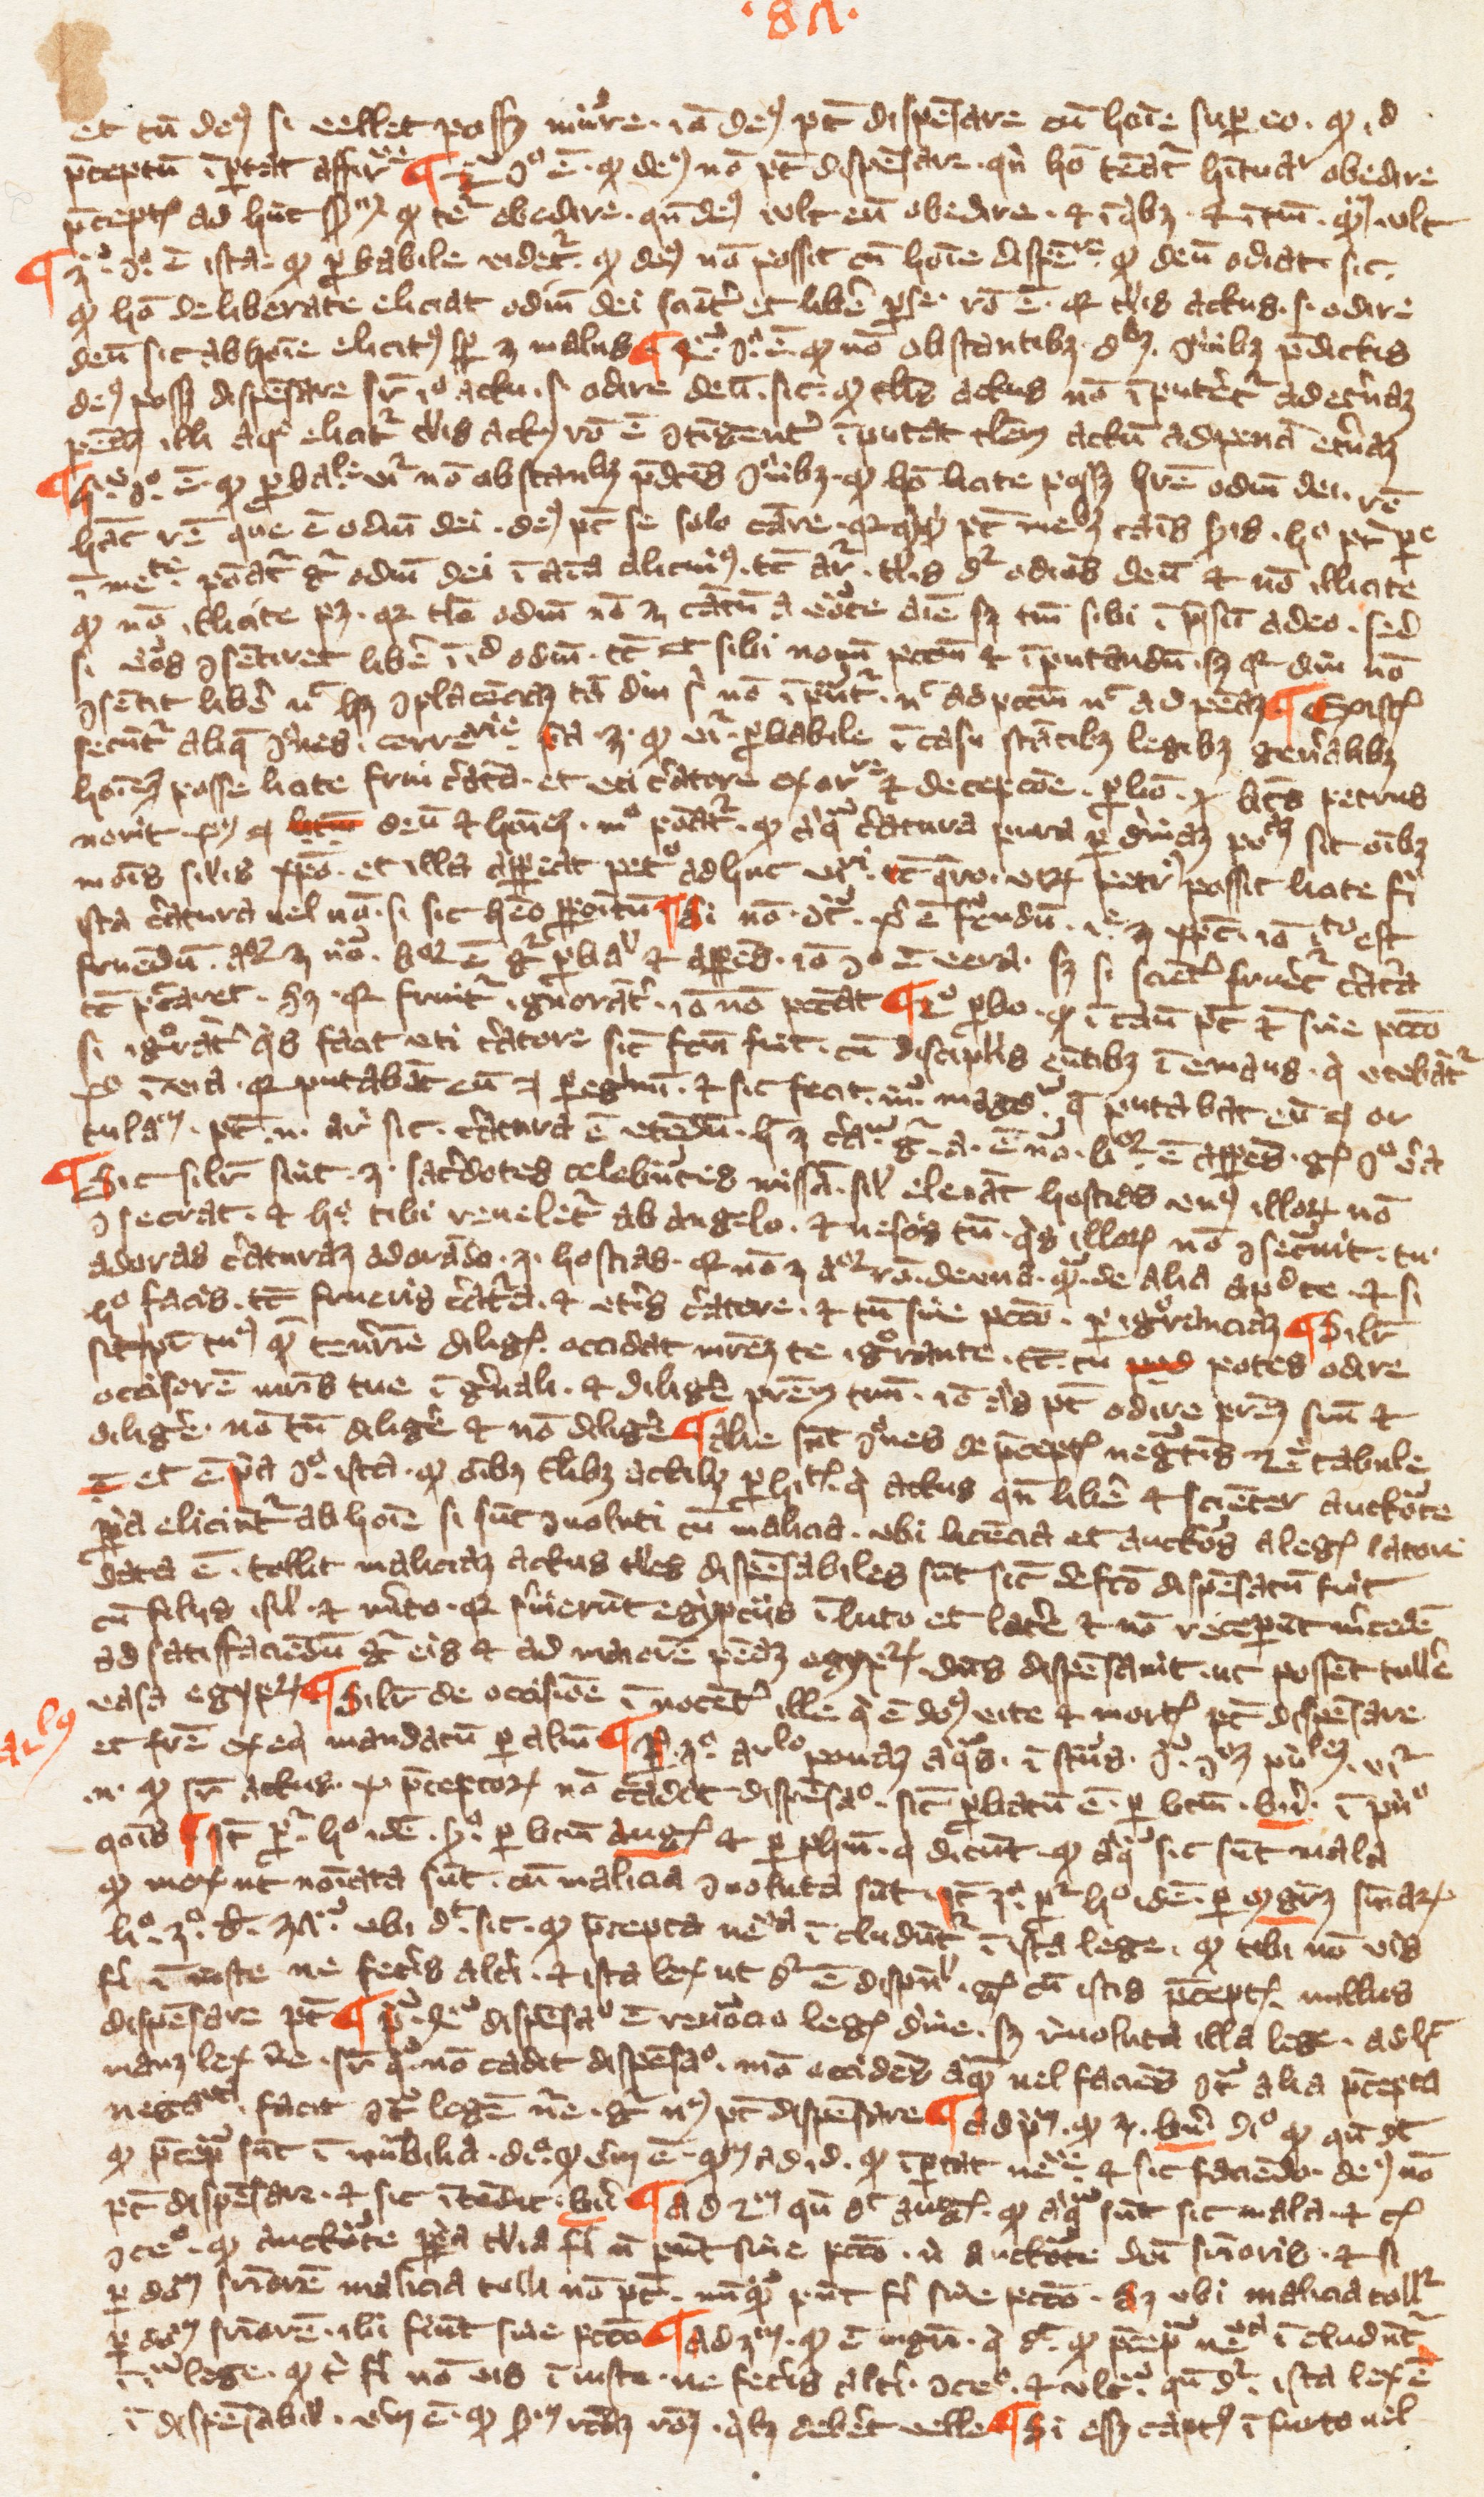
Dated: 1349–1364